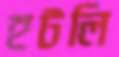
হটলি